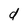
Character: d